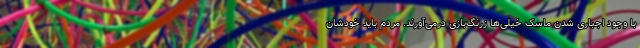
با وجود اجباری شدن ماسک خیلی‌ها زرنگ‌بازی درمی‌آورند. مردم باید خودشان